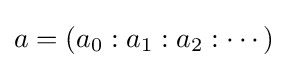
a=(a_{0}:a_{1}:a_{2}:\cdots )